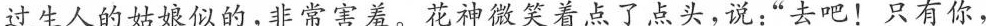
过生人的姑娘似的，非常害羞。花神微笑着点了点头，说：”去吧！只有你，